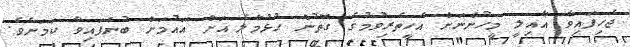
ޖެހިފައިވާ އާއިލީ މީހުންނަށް އެހީތެރިވުމުގެ ގޮތުން ހުޅުމާލެ އަށް އައުމަށް ބުނެފައިވާ ކަމަށެވެ.